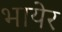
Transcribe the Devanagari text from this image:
भायेर